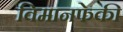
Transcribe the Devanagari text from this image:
विमानफेकी